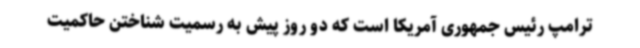
ترامپ رئیس جمهوری آمریکا است که دو روز پیش به رسمیت شناختن حاکمیت